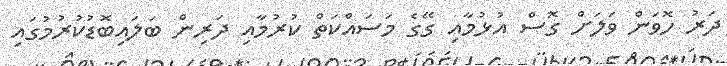
ދަރު ހޮވަން ވަލަށް ގޮސް އުޅުމާއި ގޭގެ މަސައްކަތް ކުރުމާއި ދަރިން ބަލައިބޮޑުކުރުމުގައި